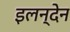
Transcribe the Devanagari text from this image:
इलन्देन